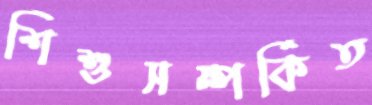
শিশুসম্পর্কিত